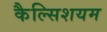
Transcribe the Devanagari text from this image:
कैल्सिशयम